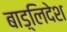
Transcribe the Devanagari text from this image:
बाड़्लिदेश